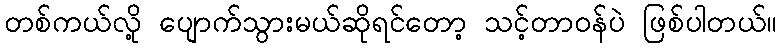
တစ်ကယ်လို့ ပျောက်သွားမယ်ဆိုရင်တော့ သင့်တာဝန်ပဲ ဖြစ်ပါတယ်။